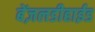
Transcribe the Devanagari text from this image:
बेंज़लडीहाईड